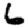
Digit: 6